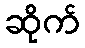
ဆိုက်